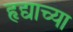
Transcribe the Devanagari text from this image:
हृद्याच्या